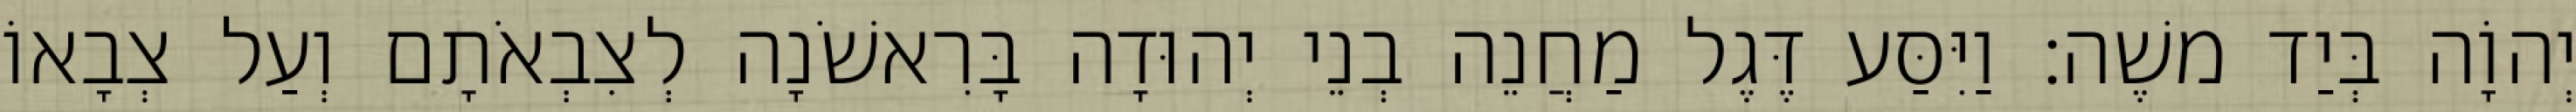
יְהוָֹה בְּיַד משֶׁה׃ וַיִּסַּע דֶּגֶל מַחֲנֵה בְנֵי יְהוּדָה בָּרִאשֹׁנָה לְצִבְאֹתָם וְעַל צְבָאוֹ